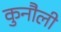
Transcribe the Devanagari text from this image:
कुनौली